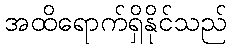
အထိရောက်ရှိနိုင်သည်